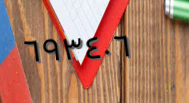
٦٩٣٤٠٦